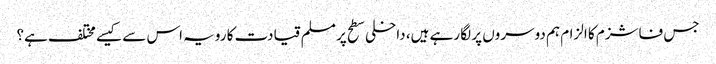
جس فاشزم کا الزام ہم دوسروں پر لگا رہے ہیں، داخلی سطح پر مسلم قیادت کا رویہ اس سے کیسے مختلف ہے؟